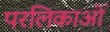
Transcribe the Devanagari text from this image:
परलिकाओं